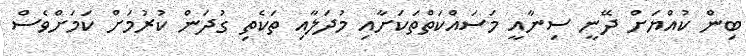
ބިން ކުއްޔަށް ދޭނީ ސިނާއީ މަސައްކަތްތަކަށާއި މުދަލާއި ތަކެތި ގުދަން ކުރުމަށް ކަމަށްވެސް